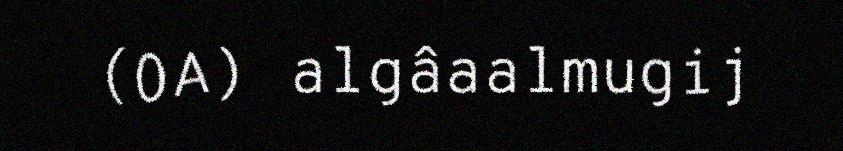
(OA) algâaalmugij